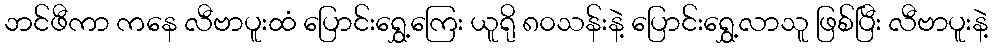
ဘင်ဖီကာ ကနေ လီဗာပူးထံ ပြောင်းရွှေ့ကြေး ယူရို ၈၀သန်းနဲ့ ပြောင်းရွှေ့လာသူ ဖြစ်ပြီး လီဗာပူးနဲ့